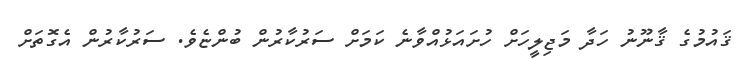
ޤައުމުގެ ޤާނޫނު ހަދާ މަޖިލީހަށް ހުށައަޅުއްވާނެ ކަމަށް ސަރުކާރުން ބުންޏެވެ. ސަރުކާރުން އެގޮތަށް